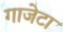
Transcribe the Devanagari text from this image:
गाजेटा